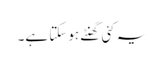
یہ کئی گھنٹے ہوسکتا ہے۔